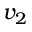
v _ { 2 }